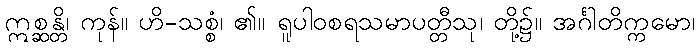
ဣစ္ဆန္တိ၊ ကုန်။ ဟိ-သစ္စံ၊ ၏။ ရူပါဝစရသမာပတ္တီသု၊ တို့၌။ အင်္ဂါတိက္ကမော၊